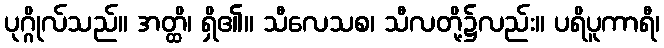
ပုဂ္ဂိုလ်သည်။ အတ္ထိ၊ ရှိ၏။ သီလေသစ၊ သီလတို့၌လည်း။ ပရိပူကာရီ၊